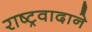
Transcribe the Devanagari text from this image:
राष्ट्रवादाने